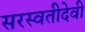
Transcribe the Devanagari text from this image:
सरस्वतीदेवी